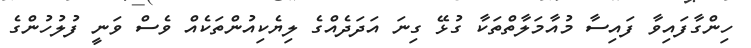
ހިންގާފައިވާ ފައިސާ މުއާމަލާތްތަކާ ގުޅޭ ގިނަ އަދަދެއްގެ ލިޔެކިއުންތަކެއް ވެސް ވަނީ ފުލުހުންގެ